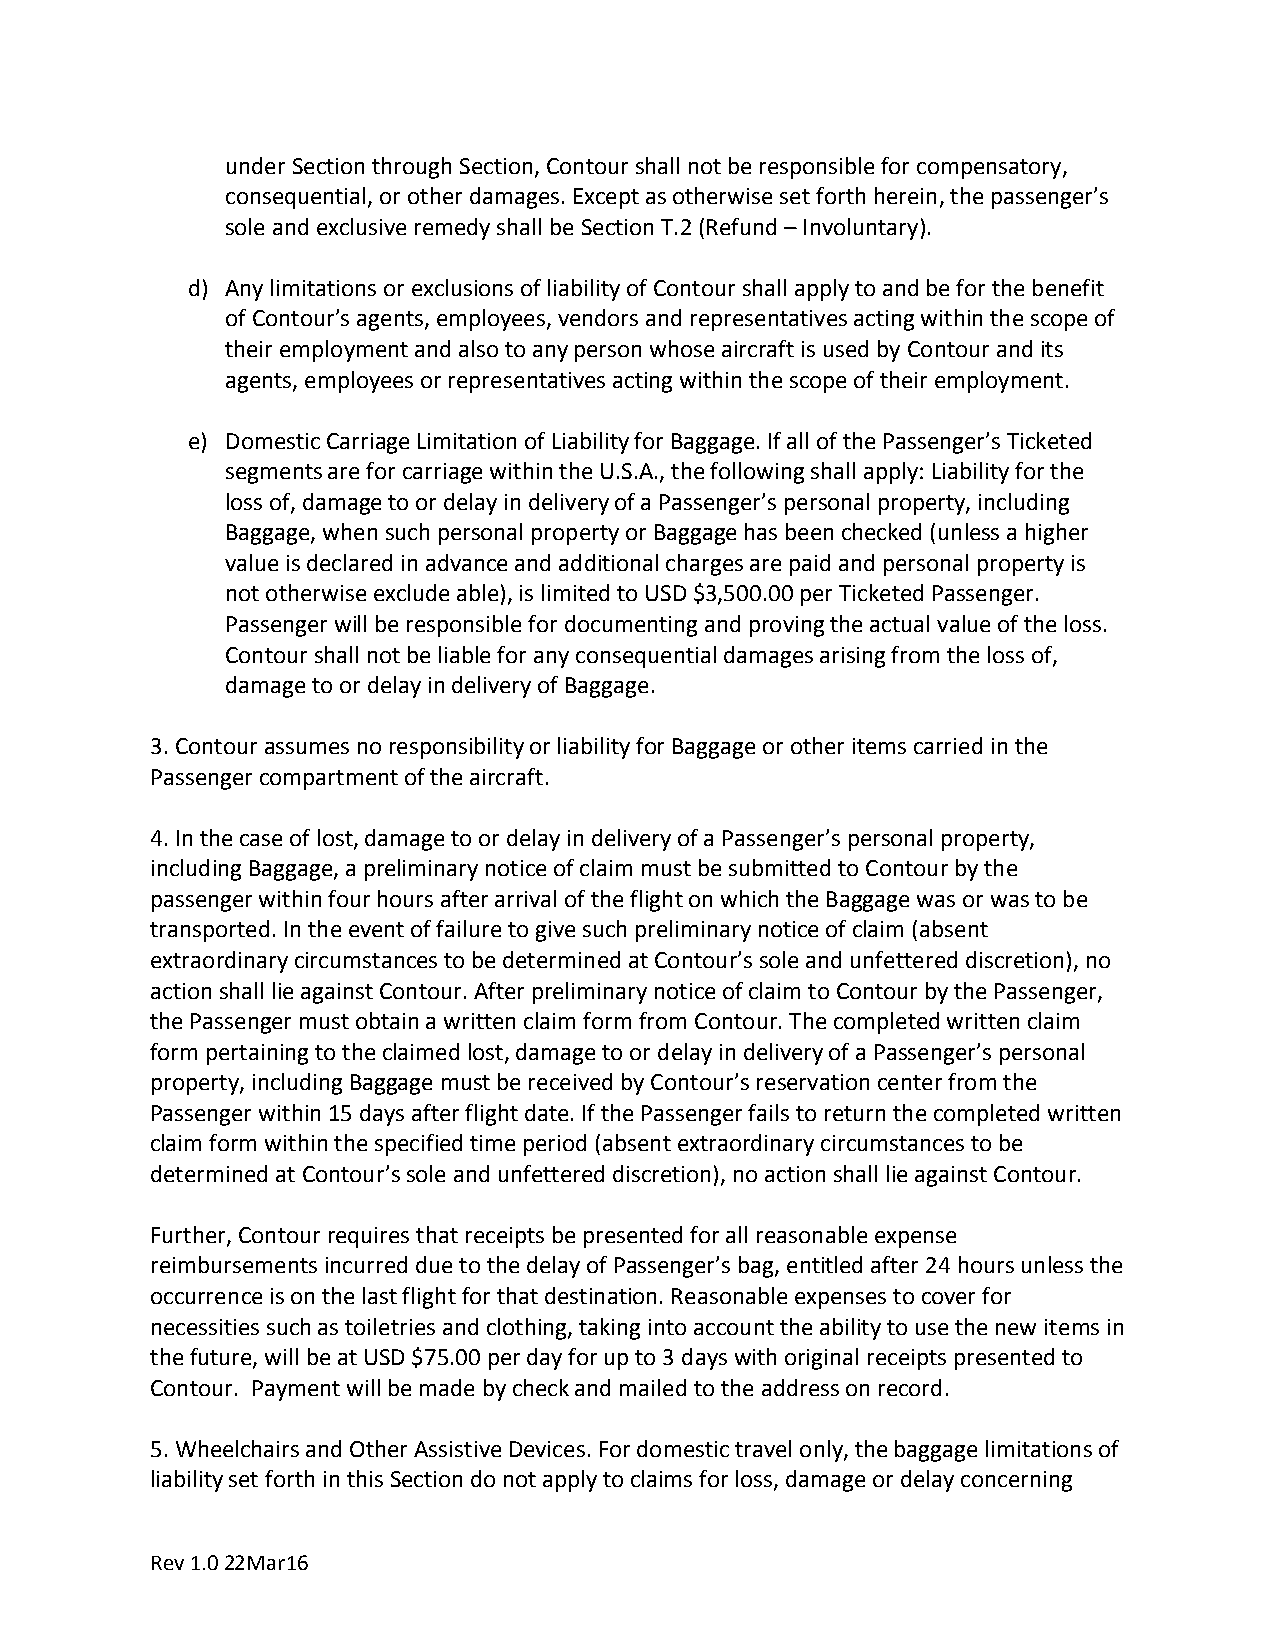
under Section through Section, Contour shall not be responsible for compensatory,
 consequential, or other damages. Except as otherwise set forth herein, the passenger’s
 sole and exclusive remedy shall be Section T.2 (Refund – Involuntary).
 d) Any limitations or exclusions of liability of Contour shall apply to and be for the benefit
 of Contour’s agents, employees, vendors and representatives acting within the scope of
 their employment and also to any person whose aircraft is used by Contour and its
 agents, employees or representatives acting within the scope of their employment.
 e) Domestic Carriage Limitation of Liability for Baggage. If all of the Passenger’s Ticketed
 segments are for carriage within the U.S.A., the following shall apply: Liability for the
 loss of, damage to or delay in delivery of a Passenger’s personal property, including
 Baggage, when such personal property or Baggage has been checked (unless a higher
 value is declared in advance and additional charges are paid and personal property is
 not otherwise exclude able), is limited to USD $3,500.00 per Ticketed Passenger.
 Passenger will be responsible for documenting and proving the actual value of the loss.
 Contour shall not be liable for any consequential damages arising from the loss of,
 damage to or delay in delivery of Baggage.
 3. Contour assumes no responsibility or liability for Baggage or other items carried in the
 Passenger compartment of the aircraft.
 4. In the case of lost, damage to or delay in delivery of a Passenger’s personal property,
 including Baggage, a preliminary notice of claim must be submitted to Contour by the
 passenger within four hours after arrival of the flight on which the Baggage was or was to be
 transported. In the event of failure to give such preliminary notice of claim (absent
 extraordinary circumstances to be determined at Contour’s sole and unfettered discretion), no
 action shall lie against Contour. After preliminary notice of claim to Contour by the Passenger,
 the Passenger must obtain a written claim form from Contour. The completed written claim
 form pertaining to the claimed lost, damage to or delay in delivery of a Passenger’s personal
 property, including Baggage must be received by Contour’s reservation center from the
 Passenger within 15 days after flight date. If the Passenger fails to return the completed written
 claim form within the specified time period (absent extraordinary circumstances to be
 determined at Contour’s sole and unfettered discretion), no action shall lie against Contour.
 Further, Contour requires that receipts be presented for all reasonable expense
 reimbursements incurred due to the delay of Passenger’s bag, entitled after 24 hours unless the
 occurrence is on the last flight for that destination. Reasonable expenses to cover for
 necessities such as toiletries and clothing, taking into account the ability to use the new items in
 the future, will be at USD $75.00 per day for up to 3 days with original receipts presented to
 Contour. Payment will be made by check and mailed to the address on record.
 5. Wheelchairs and Other Assistive Devices. For domestic travel only, the baggage limitations of
 liability set forth in this Section do not apply to claims for loss, damage or delay concerning
 Rev 1.0 22Mar16